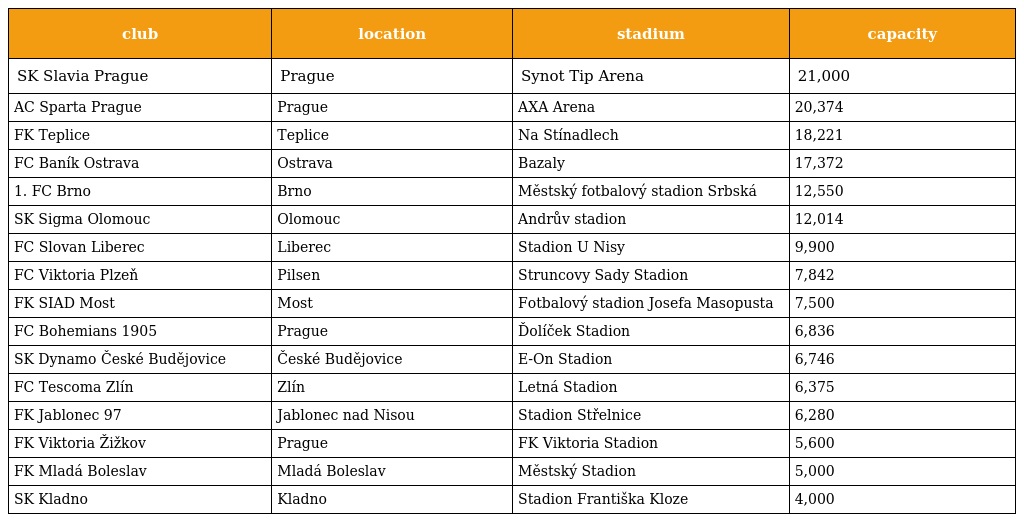
| club | location | stadium | capacity |
 | --- | --- | --- | --- |
 | SK Slavia Prague | Prague | Synot Tip Arena | 21,000 |
 | AC Sparta Prague | Prague | AXA Arena | 20,374 |
 | FK Teplice | Teplice | Na Stínadlech | 18,221 |
 | FC Baník Ostrava | Ostrava | Bazaly | 17,372 |
 | 1. FC Brno | Brno | Městský fotbalový stadion Srbská | 12,550 |
 | SK Sigma Olomouc | Olomouc | Andrův stadion | 12,014 |
 | FC Slovan Liberec | Liberec | Stadion U Nisy | 9,900 |
 | FC Viktoria Plzeň | Pilsen | Struncovy Sady Stadion | 7,842 |
 | FK SIAD Most | Most | Fotbalový stadion Josefa Masopusta | 7,500 |
 | FC Bohemians 1905 | Prague | Ďolíček Stadion | 6,836 |
 | SK Dynamo České Budějovice | České Budějovice | E-On Stadion | 6,746 |
 | FC Tescoma Zlín | Zlín | Letná Stadion | 6,375 |
 | FK Jablonec 97 | Jablonec nad Nisou | Stadion Střelnice | 6,280 |
 | FK Viktoria Žižkov | Prague | FK Viktoria Stadion | 5,600 |
 | FK Mladá Boleslav | Mladá Boleslav | Městský Stadion | 5,000 |
 | SK Kladno | Kladno | Stadion Františka Kloze | 4,000 |